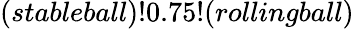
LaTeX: (stableball)!0.75!(rollingball)